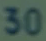
30